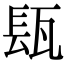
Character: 瓺